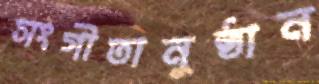
সংগীতানুষ্ঠান